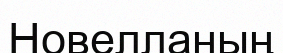
Новелланың